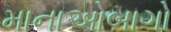
માનાઓબાગો